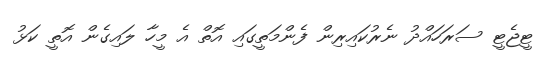
ޓީޖެޓީ ސަރަހައްދު ނެރުކައިރިން ފެންމަތީގައި އޮތް އެ މީހާ ލައިގެން އޮތީ ކަޅު